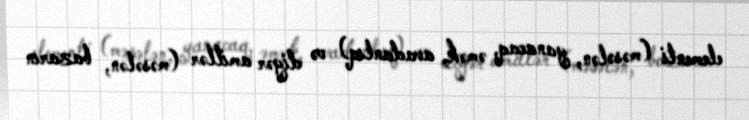
elementi (məsələn, yanacaq, əmək, avadanlıq) və digər amillər (məsələn, bazarın